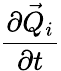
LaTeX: \frac{\partial\vec{Q}_{i}}{\partial t}